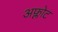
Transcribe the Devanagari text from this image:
अफ्लोट